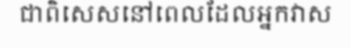
ជាពិសេសនៅពេលដែលអ្នកវាស